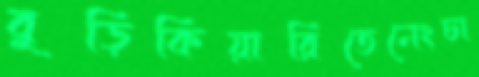
বুড়িকিয়ারিতেনেংচা